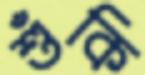
শুঁকি